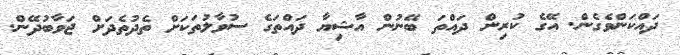
ދައްކަންވެގެން. އޭގެ ކުރިން ދައްތަ ބޭނުން އާޝިޔާ ދައްތަގެ ސުވާލުތަކަށް ތެދުތެދަށް ޖަވާބުދޭން.